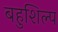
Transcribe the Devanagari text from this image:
बहुशिल्प